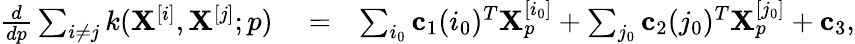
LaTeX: \begin{array}{rlr}{\frac{d}{d{p}}\sum_{i\neq j}k(\mathbf{X}^{[i]},\mathbf{X}^{[j]};p)}&{{}=}&{\sum_{i_{0}}\mathbf{c}_{1}(i_{0})^{T}\mathbf{X}_{p}^{[i_{0}]}+\sum_{j_{0}}\mathbf{c}_{2}(j_{0})^{T}\mathbf{X}_{p}^{[j_{0}]}+\mathbf{c}_{3},}\end{array}